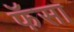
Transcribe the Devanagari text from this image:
फॅसा